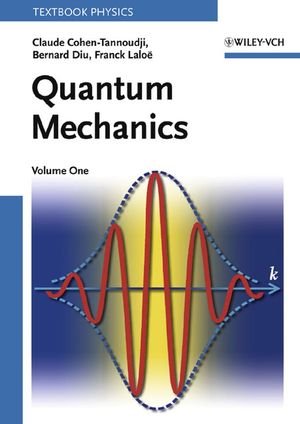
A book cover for Quantum Mechanics (2 vol. set); Claude Cohen-Tannoudji; Science & Math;